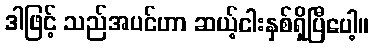
ဒါဖြင့် သည်အပင်ဟာ ဆယ့်ငါးနှစ်ရှိပြီပေါ့။